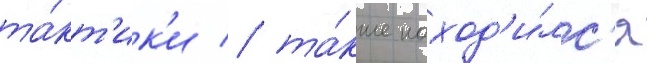
та́кт'ик'и / та́кже наход'и́лс'я